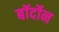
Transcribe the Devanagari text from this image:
बॉर्दोन